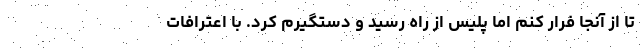
تا از آنجا فرار کنم اما پلیس از راه رسید و دستگیرم کرد. با اعترافات